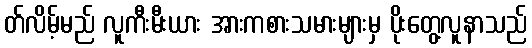
တ်လိမ့်မည် လူကီးမီးယား အားကစားသမားများမှ ပိုးတွေ့လူနာသည်